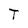
Character: T